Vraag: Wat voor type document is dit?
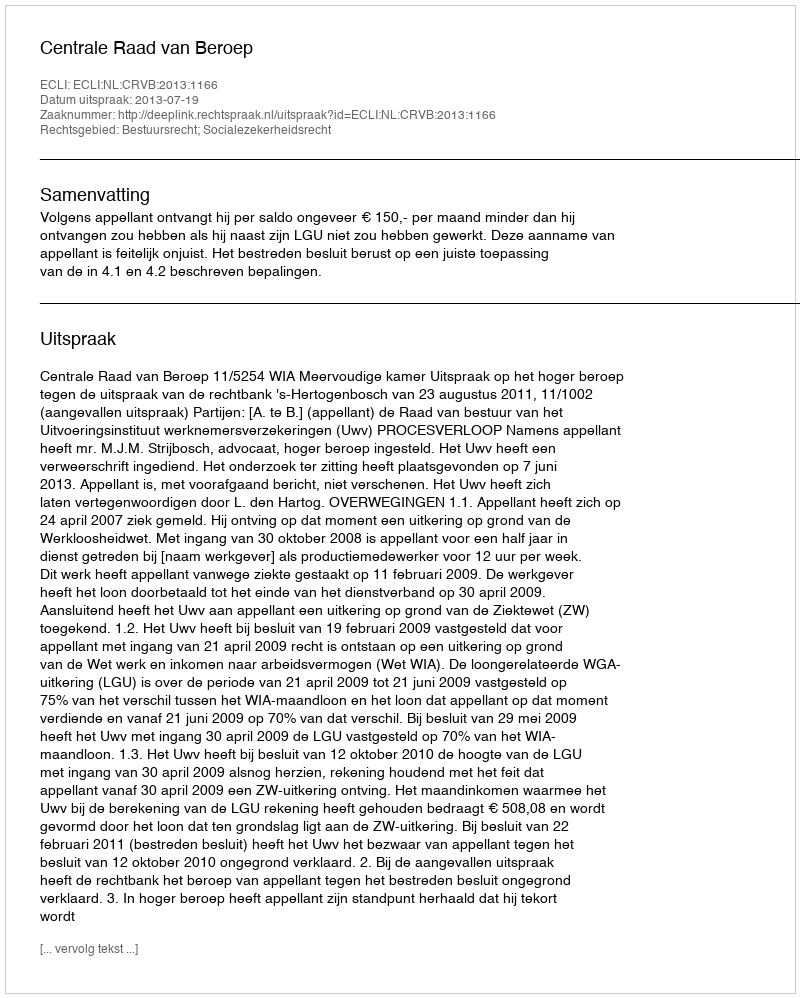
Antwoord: Uitspraak